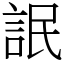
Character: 䛉